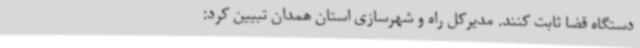
دستگاه قضا ثابت کنند. مدیرکل راه و شهرسازی استان همدان تبیین کرد: